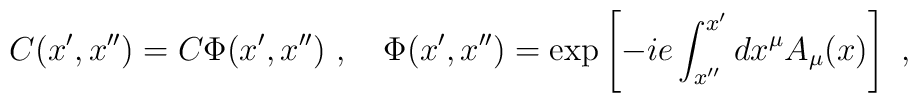
C(x^{\prime}, x^{\prime\prime}) = C \Phi(x^{\prime},x^{\prime\prime})\ ,\quad \Phi(x^{\prime}, x^{\prime\prime})=\exp\left[-ie\int_{x^{\prime\prime}}^{x^{\prime}} dx^{\mu}A_{\mu}(x)\right]\ ,